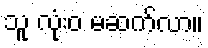
သူ လုံးဝ မဆက်လာ။